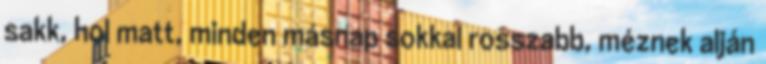
sakk, hol matt, minden másnap sokkal rosszabb, méznek alján